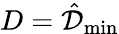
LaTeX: D=\hat{\mathcal{D}}_{\operatorname*{min}}